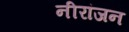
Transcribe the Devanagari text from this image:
नीरांजन